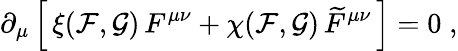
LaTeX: \partial_{\mu}\left[\, \xi({\cal F},{\cal G})\, F^{\mu\nu}+\chi({\cal F},{\cal G})\, \widetilde{F}^{\mu\nu}\, \right]=0\; ,